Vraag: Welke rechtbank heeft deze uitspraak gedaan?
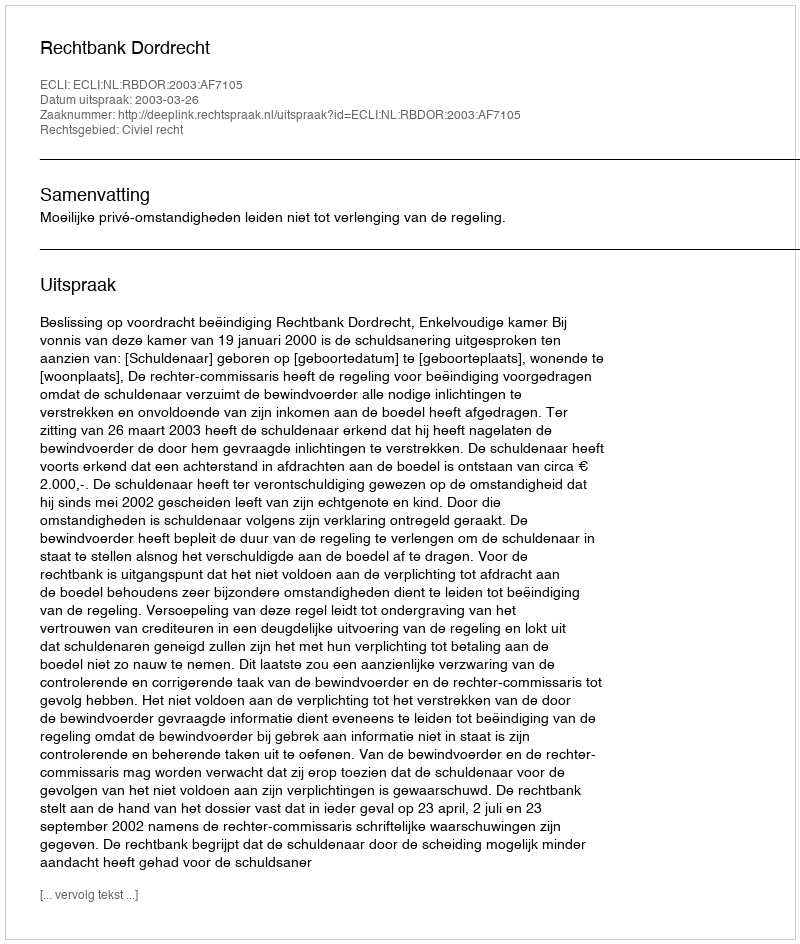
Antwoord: Rechtbank Dordrecht